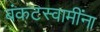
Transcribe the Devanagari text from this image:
बंकटस्वामींना